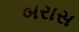
બરાસ